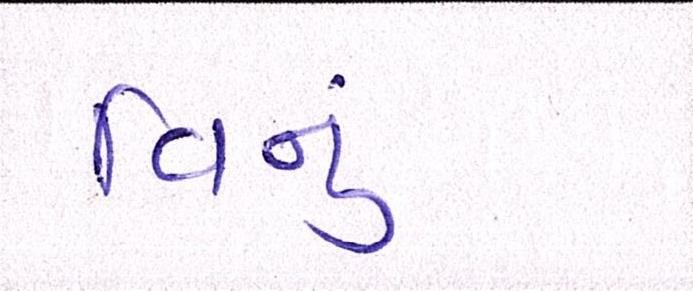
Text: વિનુ